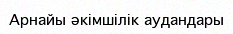
Арнайы әкімшілік аудандары